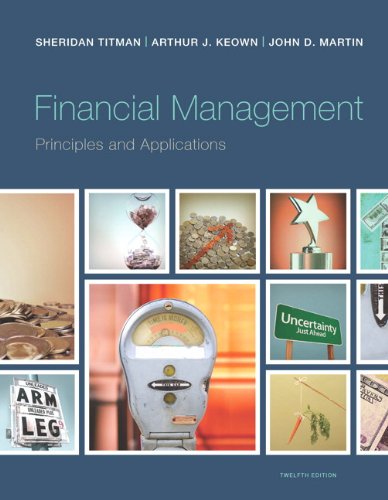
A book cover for Financial Management: Principles and Applications (12th Edition) (Pearson Series in Finance); Sheridan Titman; Business & Money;